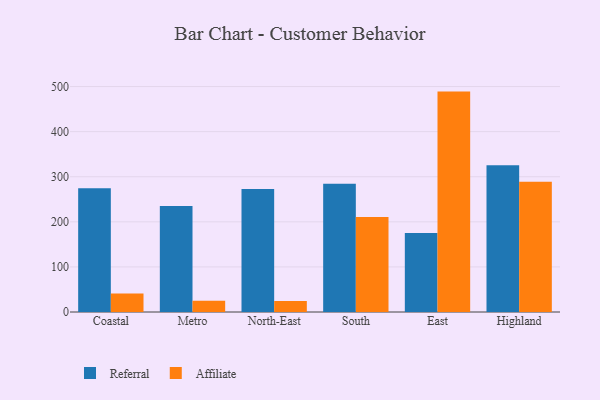
{"axis": {"x": "Region", "y": "Active Users"}, "legend": ["Affiliate", "Referral"], "data": [{"x": "Coastal", "y": 274.3, "type": "Referral"}, {"x": "Coastal", "y": 41.3, "type": "Affiliate"}, {"x": "Metro", "y": 235.3, "type": "Referral"}, {"x": "Metro", "y": 25.1, "type": "Affiliate"}, {"x": "North-East", "y": 272.6, "type": "Referral"}, {"x": "North-East", "y": 24.6, "type": "Affiliate"}, {"x": "South", "y": 284.7, "type": "Referral"}, {"x": "South", "y": 210.7, "type": "Affiliate"}, {"x": "East", "y": 175.2, "type": "Referral"}, {"x": "East", "y": 488.8, "type": "Affiliate"}, {"x": "Highland", "y": 325.6, "type": "Referral"}, {"x": "Highland", "y": 289.0, "type": "Affiliate"}]}